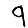
Digit: 9